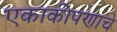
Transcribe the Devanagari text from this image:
एकाकीपणाचे